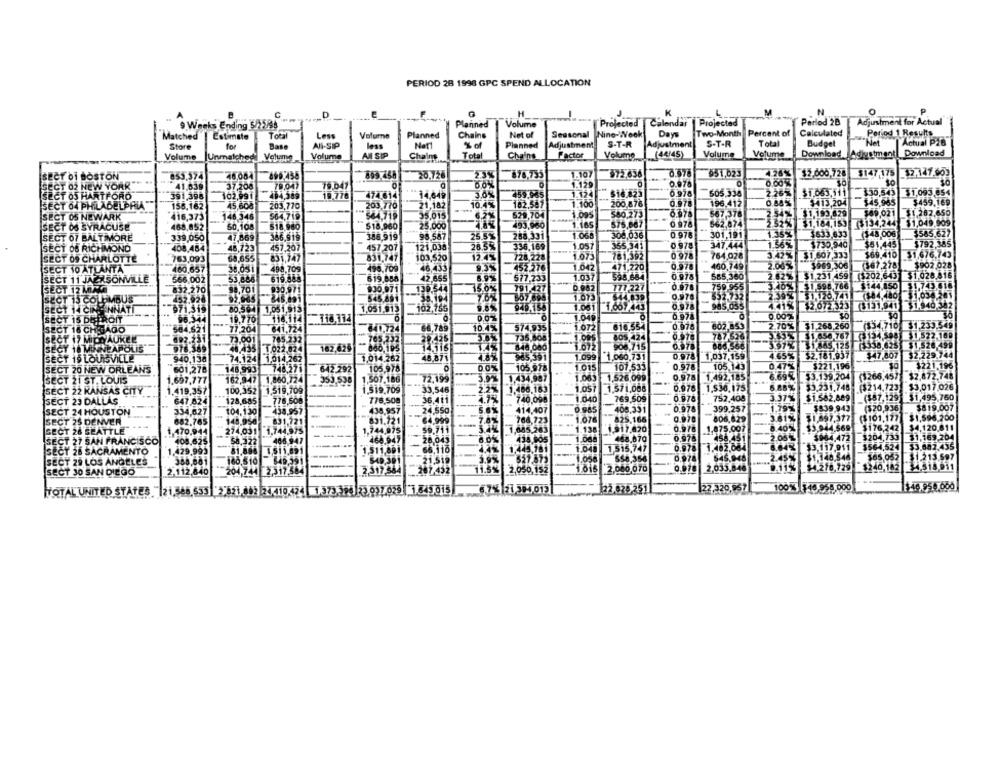
PERIOD 28 1998 GPC SPEND ALLOCATION
C
K
N
O
Calendar
Projected
Perlod 2B
Adjustment for Actual
9 Weeks Ending 5/75/68
Planned
Volume
Projected
Matched
Estimate
Total
Less
Volume
Planned
Chains
Net of
Seasonal
Nine-WWeek
Days
Two-Month Percent of
Calculated
Period 1 Results
Store
for
All-SIP
Planned
Adjustment
S-T-R
Adjustment
S-T-R
Total
Budget
Net
Actual P26
Base
less
Volume
Download Adjustment|_Download
Volume Unmalchodil Volume
Volume
AN SIP
Chains
Total
Chains
Factor
Volume
(44/45)
Volume
SECT Of BOSTON
853.574
48,084
809.458
878,755
1.107
972,636
951,023
426%
$2,000,728 $147.175 52.147.603
20.726
0.978
SECT 02 NEW YORK
41.039
37.208
78.047
75.047
O
80%
1.129
SECT 05 HARTFORO
391.398
102,991
104,569
19.776
474.614
14,648
3.0%
459.985
1.124
$16.825
0.978
505.338
2.267
$1053.111 130.543 $1,093.854
SECT 64 PHILADELPHIA"
155.162
45,605
203,770
.203,770
21.182
10.4%
182,587
200.876
0.978
196,412
0.88
$413,204
$45.965
$459.169
0.978
2.54% $1,193,629
569.021
$1.282,650
SECT 05 NEWARK
416,373
. 148,346
564,719
564.719
35,015
529,704
3.005
580,273
667,376
SECT OS SYRACUSE
468,852
50,108
$18,960
25.000
493,960
575,867
0.978
562,674
232% $1,184,153 $134,244
$1,049,909
SECT 07 BALTIMORE
366,919
386,919
25.5%
288,331
1.065
308,036
0978
301,191
1.35%
$633.633
($48.006
$585.627
339,050
47,869
98.587
347.444
-
1.3651
$51,445
$792,385
SECT 08 RICHMOND
408,484
48,723
457.207
457.207
121,038
26.3%
336,169
1.057
355.341
0 978
$730,940
SECT 09 CHARLOTTE
763,093
64,655
831,747
831,747
103,520
12.4%
728,228
1.073
781,392
0.978
764,028
3.42% 51.607.333
$69.410
$1,676.743
0.578
2.06% 3969.306
567.278
$902.028
SECT 10 ATLANTA
460,657
38,051
498,709
498,709
46,433
9.3%
452.276
1.042
471,220
460,749
SECT 11 JAZZSONVILLE
566,002
53.886
619.848
519.858
42.655
6.9%
577,233
1.037
598.684
0.978
585,360
2 82% $1,231 459 $202.643 $1.028.816
SECT 12 MM
832.270
88,70
$30.071
791,427
171 227
0.978
759.955
3.40% $1.598.766 $144.850
51,743.616
930,971
1.073
0.978
652.732
2.39% $1,120,741 384480 1.038.201
SECT 15 COLUMBUS
452.928
545.891
-- 38.194
SECT 14 CINEMA
ENNATI
971.319
80,59- 1051.913
1,051,913
102,165
940,155
1.081
0,978
985,035
4.41% $2.072.323 $131,941 $1,940.382
SECT 15 DEER
96.344
19.776
116.114
118,114
0.07
1.046
0.974
0.00%
10
10.4%
574,935
1.072
616,554
0.978
602,853
2.70% 51.268.260
($34,710 $1,233.549
SECT 16 CHEJAOO
584,521
77,204
641,724
841.724
66,789
+X3- 11.656 767 3134.598 1)522.169
SECT 17 MICWAUKEE
692.231
73.001
785.232
765.232
735,808
1.095
805 424
0.978
787,526
SECT 18 MINNEAPOLIS
976.389
48.435
1 022.824
162,629
- 860,195
740,000
1.672
906,715
0.978
886,566
3.97% $1.45.125 3338.625 51526.499
SECT 19 LOUISVILLE
385,591
1.099
1.060.731
0.978
1,037,159
4.65% 52.181.937
$47,807 $2.229.744
940,138
74.124 1.014.262
1,014.262
48.871
0.47%
$221,196
3221.196
SECT 20 NEW ORLEANS
601,278
148,993
748,27
642.292
105.978
0.0%
105,978
1.015
107,535
0.978
105.149
SECT 21 ST. LOUIS
1.697,777
162,947 1,860,724
353.538
1,507.186
72,199
3.9% 1,434,987
1.063
1.526,099
0.978 1.492,185
6.69% $3.139,204
($266,457 $2.872.748
1.057
1,571,008
0.976
1,536,175
$3.231,748
($214.723 $3.017.026
ISECT 22 KANSAS CITY
1.419,357
100,352 1.519,709
1.519.709
33,546
2.2%
1.106.163
SECT 23 DALLAS
647.824
128,685
.778,506
776,500
36.411
740,098
1.040
769,509
0.978
752.408
3.37%
$1.582,889
_($87,129 $1,495.760
SECT 24 HOUSTON
334,627
104.130
438,957
438.957
24,550
5.6%
414,407
0.985
408,331
0.978
399,257
1.79%
$539.943
($20,936]
$819.007
-
3.81%
$1,897.377
($101.177 $1,596.200
SECT 25 DENVER
682.765
148.958
831.721
831.721
64,999
7.8%
768,723
1.076
825.166
0.970
606,829
GECT 26 SEATTLE
1.470.944
274,031 1,744.975
1.744,075
59.711
3.4
1,645,263
1.138
1.917.420
0.978
1,875.007
-
8.40%
$3.944.569
$176,242 $4.120.811
ISECT 27 SAN FRANCISCO
108.625
406.947
---
468.947
28.043
-
6.0%
434,905
1.088
468.870
0.978
458.451
2.05%
$004.472
$204,733
$1,169.204
... $8.322
66,110
1.445.181
1.040
1,515,747
0.978
6.04%
$3.117.911
5564,524 $3.602.435
SECT 28 SACRAMENTO
1.429,993
81.896 1.511.891
1.511,801
$1.148.546
$65.052 |$1.213.597
SECT 29 LOS ANGELES
388.881
160.510 849.391
$49.301
21,519
558,356
0,978
545.948
2.112,840
2.317.564
287.432
11.5%
2,050,152
10is
2.000,070
0.978
2,033,846
9.11%
$4.278,729 $240,182 4.518.911
SECT 30 SAN DIEGO
204,744 27317.564
NTOTAL UNITED STATES
$33 3 821.882 24 410.424 1.373 396 23 037 025 3.845 015
67% 21 394, 013
22.829.251
22.320,957
10013 $45.958.000
$:40 950.000